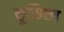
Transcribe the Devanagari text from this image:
क्रूसिब्ल